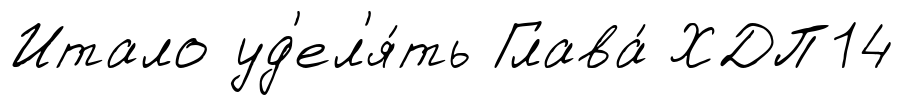
Итало уд'ел'я́ть Глава́ ХДП14